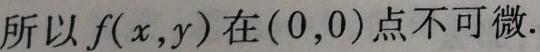
所以 \(f(x,y)\) 在 \((0,0)\) 点不可微.